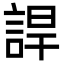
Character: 䛞